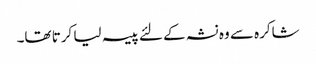
شاکرہ سے وہ نشہ کے لئے پیسہ لیا کرتا تھا۔